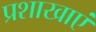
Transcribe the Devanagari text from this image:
प्रशाखाएं